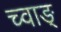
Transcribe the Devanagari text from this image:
च्वाङ्